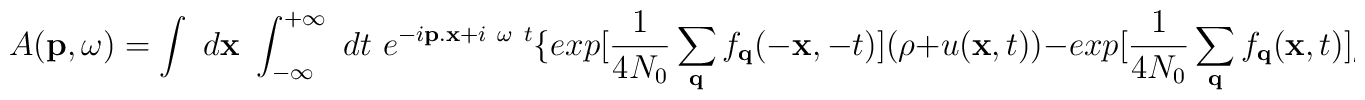
A({\bf{p}},\omega) = \int \mbox{  }{ d{\bf{x}} }\mbox{  }\int_{ -\infty }^{ +\infty }\mbox{ }dt\mbox{ }e^{-i{\bf{p.x}} + i\mbox{ }\omega\mbox{ }t}\{ exp[\frac{1}{4N_{0}}\sum_{ {\bf{q}} }f_{ {\bf{q}} }(-{\bf{x}},-t) ](\rho + u({\bf{x}},t)) -  exp[\frac{1}{4N_{0}}\sum_{ {\bf{q}} }f_{ {\bf{q}} }({\bf{x}},t) ]\rho \}